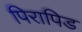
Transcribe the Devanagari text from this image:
पिरापिड